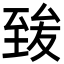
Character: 𦥀